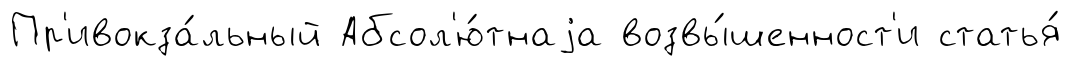
Пр'ивокза́льный Абсол'ю́тнаjа возвы́шенност'и статья́